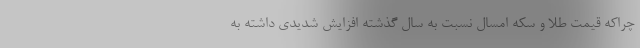
چراکه قیمت طلا و سکه امسال نسبت به سال گذشته افزایش شدیدی داشته به